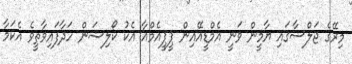
މިރޭގެ ޖަލްސާގައި ޔާމީން ވަނީ އެމްޑީއޭއިން ޕީޕީއެމްއާ އެކު ކޯލިޝަން ހަދާފައިވާތީވެ އެކަމާ